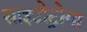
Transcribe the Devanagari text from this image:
साइटोट्रोगा